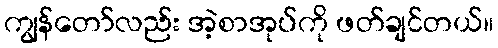
ကျွန်တော်လည်း အဲ့စာအုပ်ကို ဖတ်ချင်တယ်။